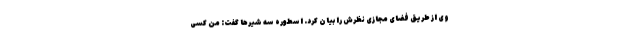
وی از طریق فضای مجازی نظرش را بیان کرد. اسطوره سه شیرها گفت: من کسی